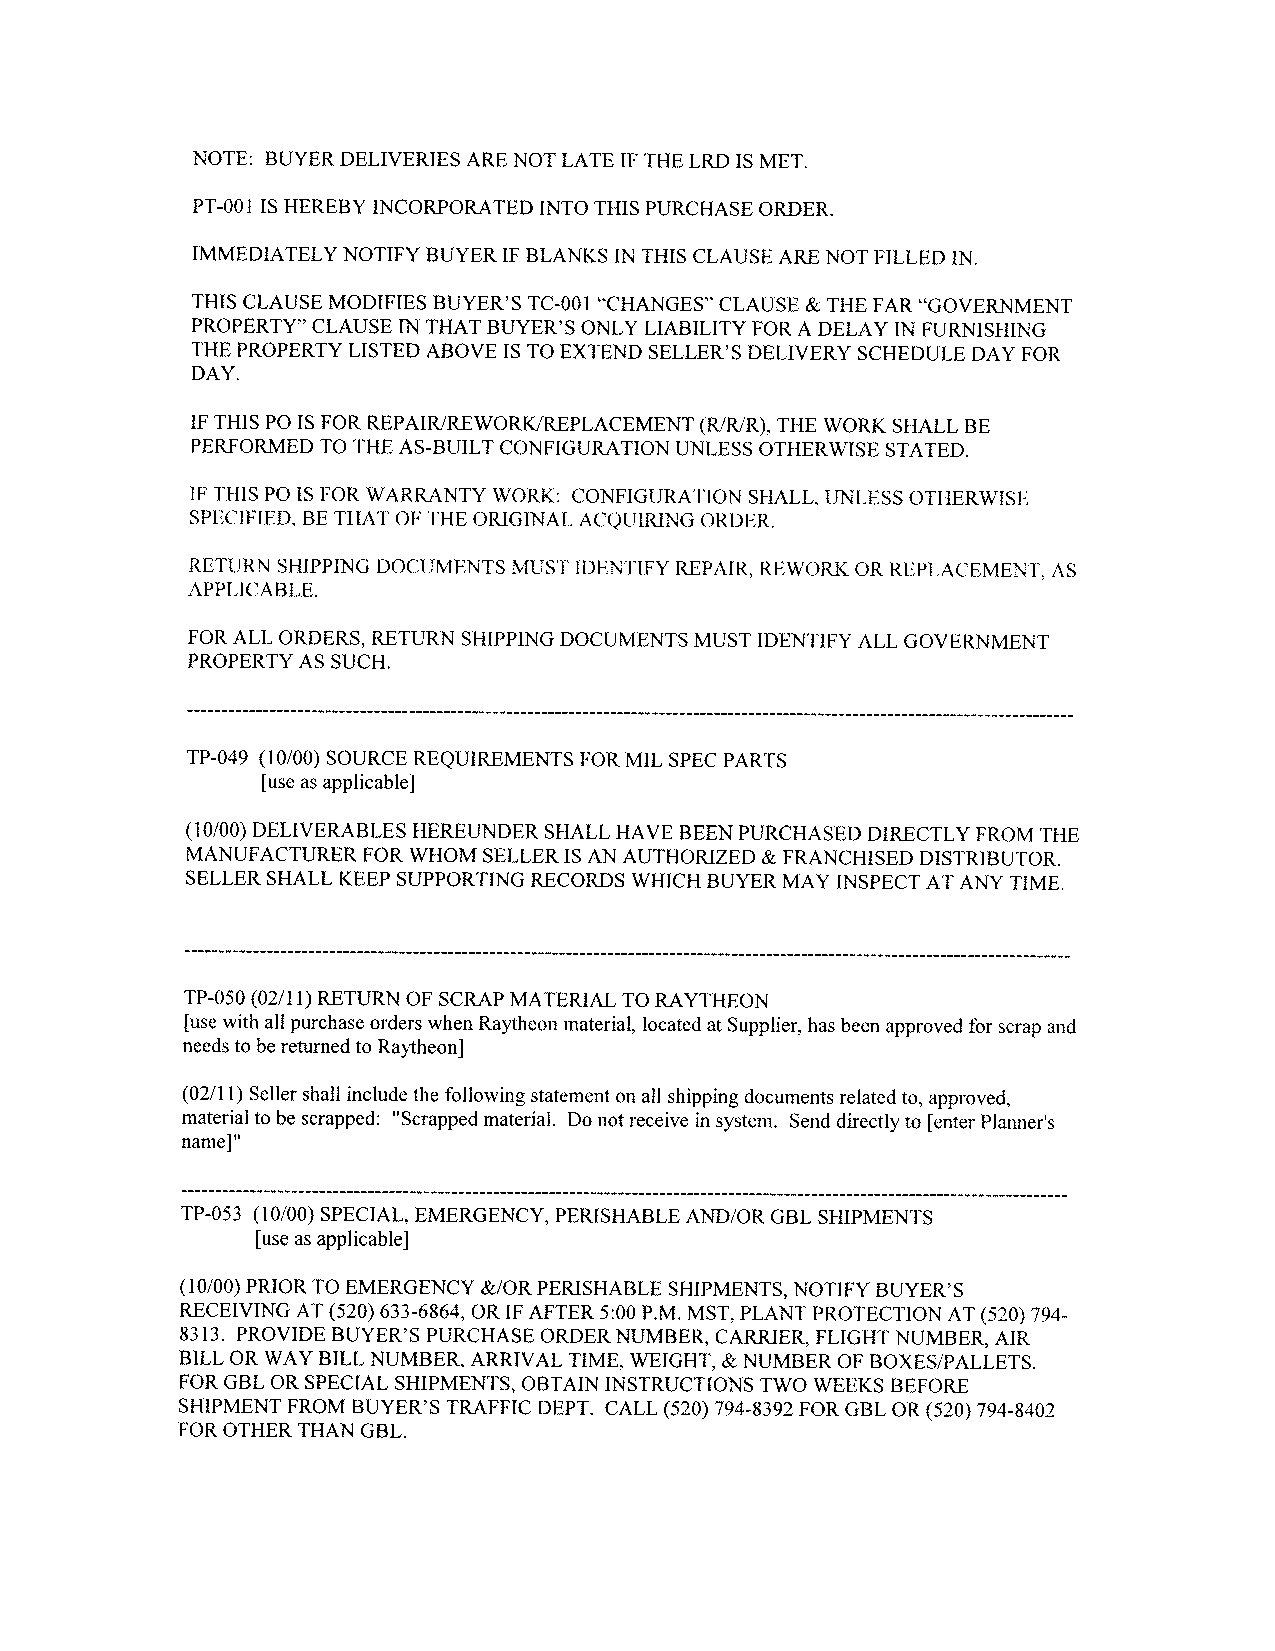
NOTE: BUYER DELIVERIES ARE NOT LATE IF THE LRD IS MET.
 PT-001 IS HEREBY INCORPORATED INTO THIS PURCHASE ORDER.
 IMMEDIATELY NOTIFY BUYER IF BLANKS IN THIS CLAUSE ARE NOT FILLED IN.
 THIS CLAUSE MODIFIES BUYER'S TC-001 "CHANGES" CLAUSE & THE FAR "GOVERNMENT
 PROPERTY" CLAUSE IN THAT BUYER'S ONLY LIABILITY FOR A DELAY IN FURNISHING
 THE PROPERTY LISTED ABOVE IS TO EXTEND SELLER'S DELIVERY SCHEDULE DAY FOR
 DAY.
 IF THIS POIS FOR REPAIR/REWORKIREPLACEMENT (RJR/R), THE WORK SHALL BE
 PERFORMED TO THE AS-BUILT CONFIGURATION UNLESS OTHERWISE STATED.
 IF THIS POIS FOR WARRANTY WORK: CONFIGURATION SHALL, UNLESS OTHERWISE
 SPECIFIED, BE THAT OF THE ORIGINAL ACQUIRING ORDER.
 RETURN SHIPPING DOCUMENTS MUST IDENTIFY REPAIR, REWORK OR REPLACEMENT, AS
 APPLICABLE.
 FOR ALL ORDERS, RETURN SHIPP[NG DOCUMENTS MUST IDENTIFY ALL GOVERNMENT
 PROPERTY AS SUCH.
 TP-049 (10/00) SOURCE REQUIREMENTS FOR MIL SPEC PARTS
 [use as applicable]
 (10/00) DELIVERABLES HEREUNDER SHALL HAVE BEEN PURCHASED DIRECTLY FROM THE
 MANUFACTURER FOR WHOM SELLER IS AN AUTHORIZED & FRANCHISED DISTRIBUTOR.
 SELLER SHALL KEEP SUPPORTING RECORDS WHICH BUYER MAY INSPECT AT ANY TIME.
 TP-050 (02/11) RETURN OF SCRAP MATERIAL TO RAYTHEON
 [use with all purchase orders when Raytheon material, located at Supplier, has been approved for scrap and
 needs to be returned to Raytheon]
 (02/11) Seller shall include the following statement on all shipping documents related to, approved,
 material to be scrapped: "Scrapped material. Do not receive in system. Send directly to [enter Planner's
 name]"
 TP-053 (10/00) SPECIAL, EMERGENCY, PERISHABLE AND/OR GBL SHIPMENTS
 [use as applicable]
 (10/00) PRIOR TO EMERGENCY &/OR PERISHABLE SHIPMENTS, NOTIFY BUYER'S
 RECEIVING AT (520) 633-6864, OR IF AFTER 5:00 P.M. MST, PLANT PROTECTION AT (520) 794-
 8313. PROVIDE BUYER'S PURCHASE ORDER NUMBER, CARRIER, FLIGHT NUMBER, AIR
 BILL OR WAY BILL NUMBER, ARRIVAL TIME, WEIGHT, & NUMBER OF BOXES/PALLETS.
 FOR GBL OR SPECIAL SHIPMENTS, OBTAIN INSTRUCTIONS TWO WEEKS BEFORE
 SHIPMENT FROM BUYER'S TRAFFIC DEPT. CALL (520) 794-8392 FOR GBL OR (520) 794-8402
 FOR OTHER THAN GBL.